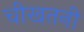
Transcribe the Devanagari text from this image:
चीखतनी